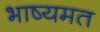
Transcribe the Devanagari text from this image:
भाष्यमत